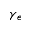
\gamma _ { e }